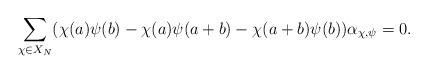
LaTeX: \begin{align*} \sum_{\chi \in X_N} (\chi(a)\psi(b)-\chi(a)\psi(a+b)-\chi(a+b)\psi(b))\alpha_{\chi,\psi} = 0.\end{align*}